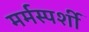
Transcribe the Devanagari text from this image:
मर्मस्‍पर्शी